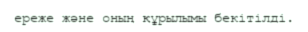
ереже және оның құрылымы бекітілді.